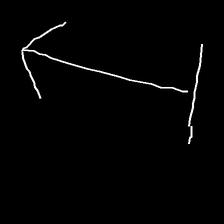
Glyph: levitation